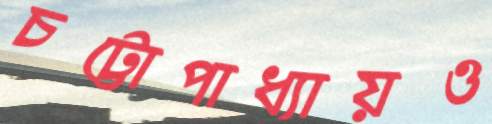
চট্টোপাধ্যায়ও